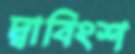
দ্বাবিংশ